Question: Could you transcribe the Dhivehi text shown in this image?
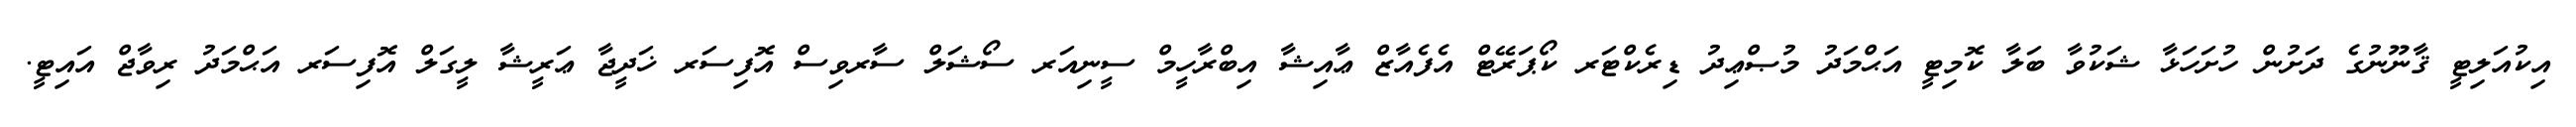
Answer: އިކުއަލިޓީ ޤާނޫނުގެ ދަށުން ހުށަހަޅާ ޝަކުވާ ބަލާ ކޮމިޓީ އަޙްމަދު މުޞްޢިދު ޑިރެކްޓަރ ކޯޕަރޭޓް އެފެއާޒް ޢާއިޝާ އިބްރާހީމް ސީނިއަރ ސޯޝަލް ސާރވިސް އޮފިސަރ ޚަދީޖާ ޢަރީޝާ ލީގަލް އޮފިސަރ އަޙްމަދު ރިވާޖް އައިޓީ.